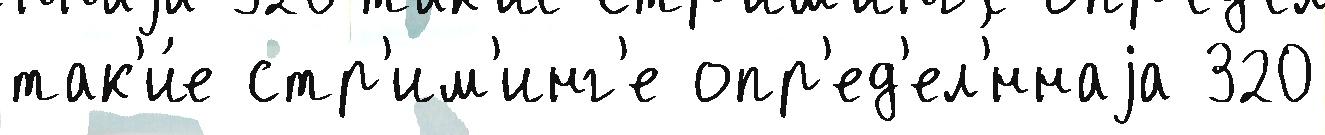
так'и́е стр'им'инг'е опр'ед'ел'́ннаjа 320